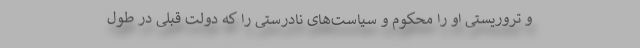
و تروریستی او را محکوم و سیاست‌های نادرستی را که دولت قبلی در طول